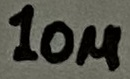
Text: 10µ